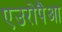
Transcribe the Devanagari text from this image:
एउरोपैआ